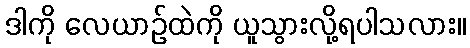
ဒါကို လေယာဉ်ထဲကို ယူသွားလို့ရပါသလား။